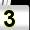
Digit: 3